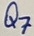
Text: Q7